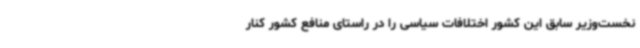
نخست‌وزیر سابق این کشور اختلافات سیاسی را در راستای منافع کشور کنار